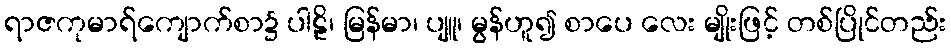
ရာဇကုမာရ်ကျောက်စာ၌ ပါဠိ၊ မြန်မာ၊ ပျူ၊ မွန်ဟူ၍ စာပေ လေး မျိုးဖြင့် တစ်ပြိုင်တည်း